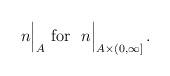
LaTeX: \begin{align*}n\Big|_{A} \ \mbox{for }\ n\Big|_{A\times(0,\infty]}\,.\end{align*}